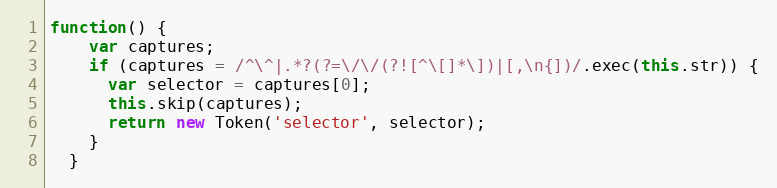
Language: JavaScript
function() {
    var captures;
    if (captures = /^\^|.*?(?=\/\/(?![^\[]*\])|[,\n{])/.exec(this.str)) {
      var selector = captures[0];
      this.skip(captures);
      return new Token('selector', selector);
    }
  }